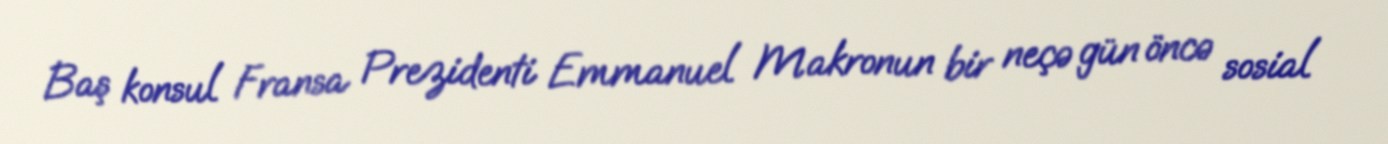
Baş konsul Fransa Prezidenti Emmanuel Makronun bir neçə gün öncə sosial